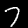
Digit: 7